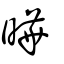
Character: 曅